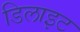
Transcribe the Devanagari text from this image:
डिलाइट